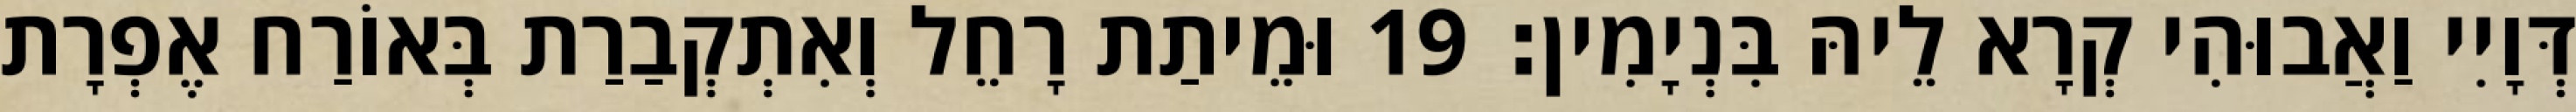
דְּוָיִי וַאֲבוּהִי קְרָא לֵיהּ בִּנְיָמִין׃ 19 וּמֵיתַת רָחֵל וְאִתְקְבַרַת בְּאוֹרַח אֶפְרָת